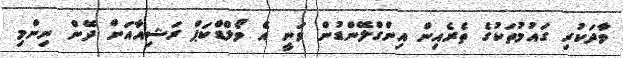
ވާދަކުރި ގައުމުތަކުގެ ތެރެއިން އިންގްލޭންޑުން ވަނީ އެ ވޯލްޑްކަޕް ރަޝިއާއަށް ދޭން ނިންމި